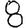
Digit: 8